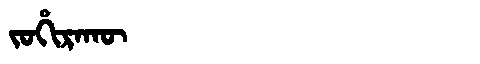
Manchu: ᠵᠣᡥᡳᡵᠠᡴᡡ
Romanization: JOHIRAKŪ